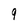
Character: 9